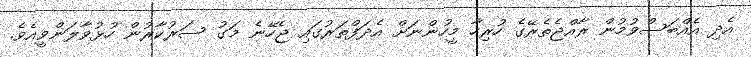
އެދި އެއްބަސްވުމުން ރާއްޖެތެރޭގެ ހުރިހާ މީހުންނަށް އެދަފްތަރުގައި ޖެހޭނެ މަގު ސަރުކާރުން ހުޅުވާލަންވީއެވެ.